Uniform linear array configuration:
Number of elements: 48
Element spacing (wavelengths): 0.25
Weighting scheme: hann
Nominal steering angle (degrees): -15
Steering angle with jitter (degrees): -14.356
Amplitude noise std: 0.05
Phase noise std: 0.05

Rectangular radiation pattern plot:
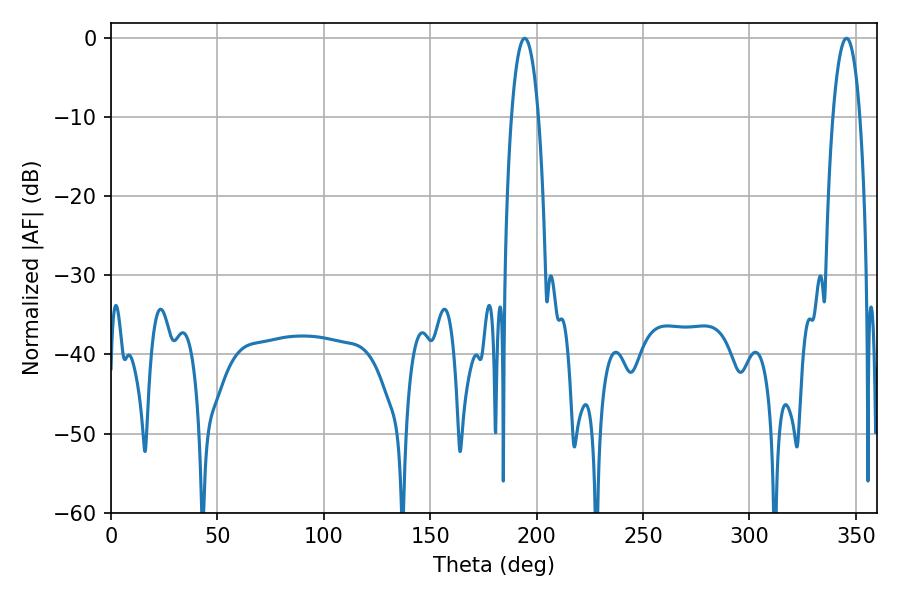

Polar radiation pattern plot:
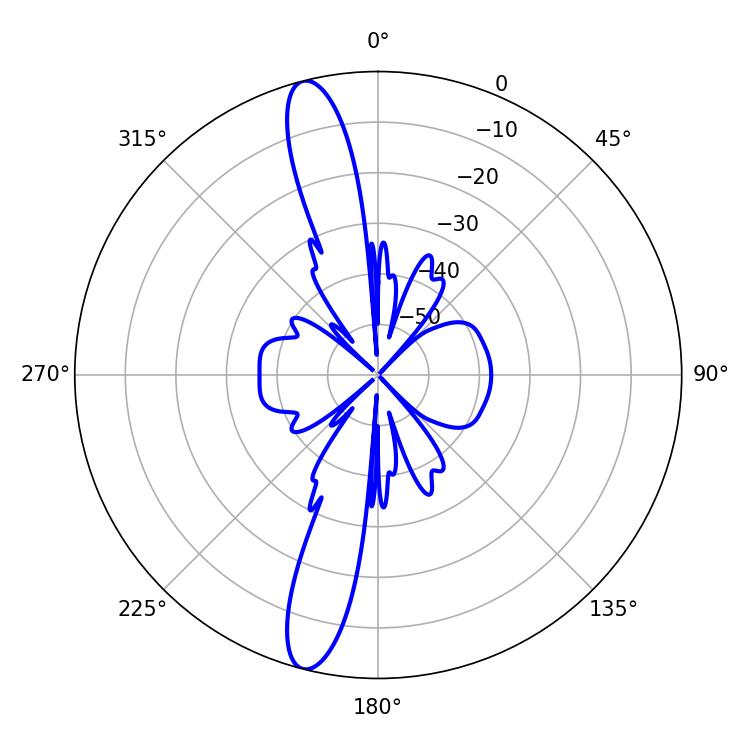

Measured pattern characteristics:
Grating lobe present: FALSE
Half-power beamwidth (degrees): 7.2
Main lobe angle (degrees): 345.6